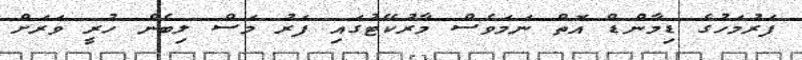
ފަރުމަހުގެ ޑިމާންޑް އޮތް ނަމަވެސް މާރުކޭޓުގައި ފަރު މަސް ލިބެން ހުރީ ވަރަށް